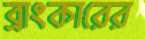
ব্রাংকারের